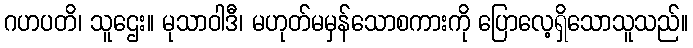
ဂဟပတိ၊ သူဌေး။ မုသာဝါဒီ၊ မဟုတ်မမှန်သောစကားကို ပြောလေ့ရှိသောသူသည်။